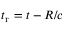
t _ { \mathrm { r } } = t - R / c